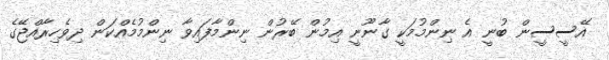
އޭސީސީން ބުނީ އެ ނިންމުމަކީ ގާނޫނީ އިމުން ބޭރުން ނިންމާފައިވާ ނިންމުމެއްކަން ދިވެހިރާއްޖޭގެ